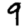
Digit: 9